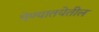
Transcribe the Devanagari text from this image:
घेण्यातयेतील